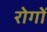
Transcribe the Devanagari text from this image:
रोगाें